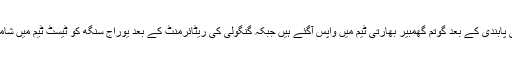
ایک ٹیسٹ کی پابندی کے بعد گوتم گھمبیر بھارتی ٹیم میں واپس آگئے ہیں جبکہ گنگولی کی ریٹائرمنٹ کے بعد یوراج سنگھ کو ٹیسٹ ٹیم میں شامل کیا گیا ہے۔